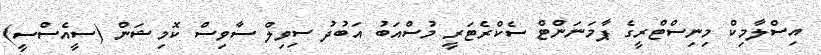
އިސްލާމިކް މިނިސްޓްރީގެ ޕާމަނަންޓް ސެކްރެޓަރީ މުސްއަބު އަބުދު ސިވިލް ސާވިސް ކޮމިޝަން (ސީއެސްސީ)